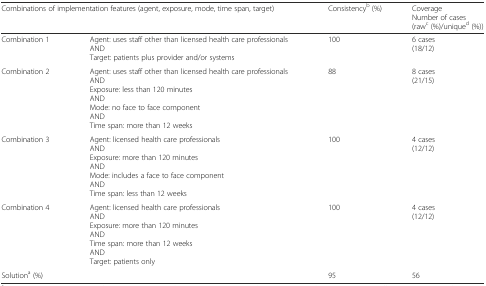
<table><thead><tr><td colspan="2"><b>Combinations of implementation features (agent, exposure, mode, time span, target)</b></td><td><b>Consistency<sup>b</sup> (%)</b></td><td><b>CoverageNumber of cases (raw<sup>c</sup> (%)/unique<sup>d</sup> (%))</b></td></tr></thead><tbody><tr><td>Combination 1</td><td>Agent: uses staff other than licensed health care professionalsANDTarget: patients plus provider and/or systems</td><td>100</td><td>6 cases(18/12)</td></tr><tr><td>Combination 2</td><td>Agent: uses staff other than licensed health care professionalsANDExposure: less than 120 minutesANDMode: no face to face componentANDTime span: more than 12 weeks</td><td>88</td><td>8 cases(21/15)</td></tr><tr><td>Combination 3</td><td>Agent: licensed health care professionalsANDExposure: more than 120 minutesANDMode: includes a face to face componentANDTime span: less than 12 weeks</td><td>100</td><td>4 cases(12/12)</td></tr><tr><td>Combination 4</td><td>Agent: licensed health care professionalsANDExposure: more than 120 minutesANDTime span: more than 12 weeksANDTarget: patients only</td><td>100</td><td>4 cases(12/12)</td></tr><tr><td>Solution<sup>a</sup> (%)</td><td></td><td>95</td><td>56</td></tr></tbody></table>